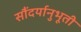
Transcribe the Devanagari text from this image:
सौंदर्यानुभूती